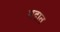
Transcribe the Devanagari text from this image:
मदात